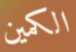
الكمين